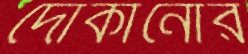
দোকানোর